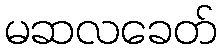
မဆလခေတ်